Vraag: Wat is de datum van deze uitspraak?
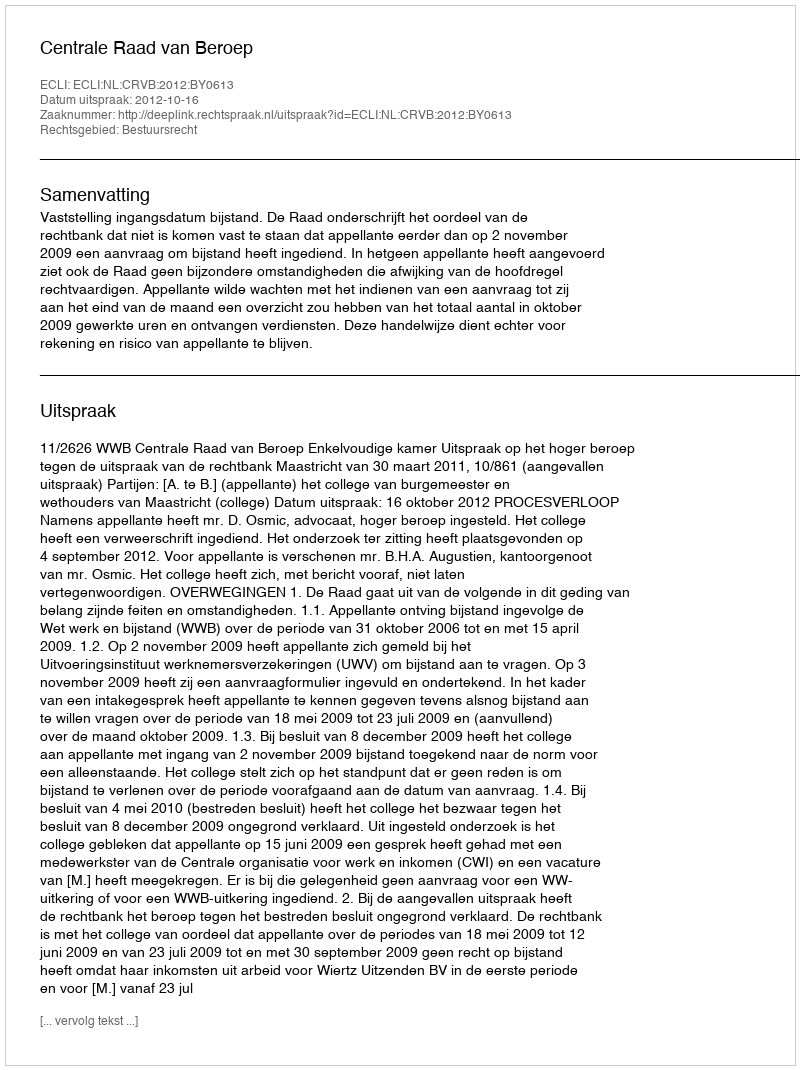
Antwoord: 2012-10-16